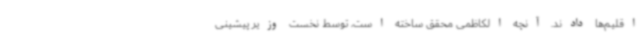
اقلیم‌ها دادند. آنچه الکاظمی محقق ساخته است، توسط نخست وزیر پیشینی